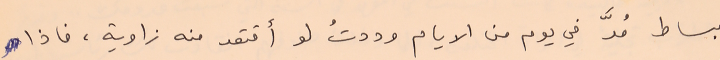
بساط مُدَّ في يوم من الايام وددتُ لو أقتعد منه زاوية، فاذا